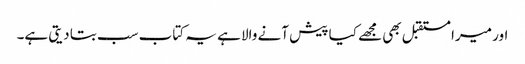
اور میرا مستقبل بھی مجھے کیا پیش آنے والا ہے یہ کتاب سب بتا دیتی ہے۔